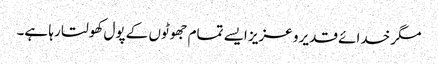
مگر خدائے قدیر و عزیز ایسے تمام جھوٹوں کے پول کھولتا رہا ہے۔